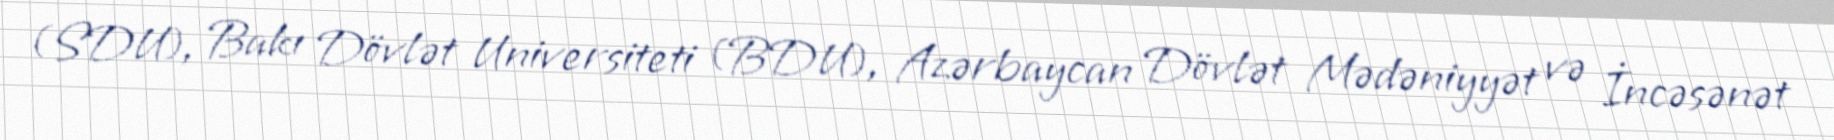
(SDU), Bakı Dövlət Universiteti (BDU), Azərbaycan Dövlət Mədəniyyət və İncəsənət